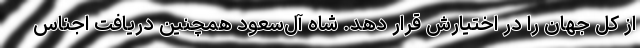
از کل جهان را در اختیارش قرار دهد. شاه آل‌سعود همچنین دریافت اجناس